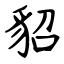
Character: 貂